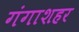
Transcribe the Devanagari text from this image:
गंगाशहर